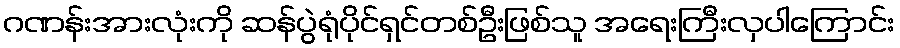
ဂဏန်းအားလုံးကို ဆန်ပွဲရုံပိုင်ရှင်တစ်ဦးဖြစ်သူ အရေးကြီးလှပါကြောင်း